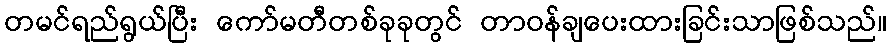
တမင်ရည်ရွယ်ပြီး ကော်မတီတစ်ခုခုတွင် တာဝန်ချပေးထားခြင်းသာဖြစ်သည်။